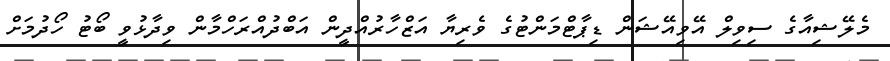
މެލޭޝިއާގެ ސިވިލް އޭވިއޭޝަން ޑިޕާޓްމަންޓުގެ ވެރިޔާ އަޒްހާރުއްދީން އަބްދުއްރަހްމާން ވިދާޅުވީ ބޯޓު ހޯދުމަށް